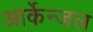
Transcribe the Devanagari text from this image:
आर्केन्जल